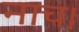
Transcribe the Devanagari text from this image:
नाच।